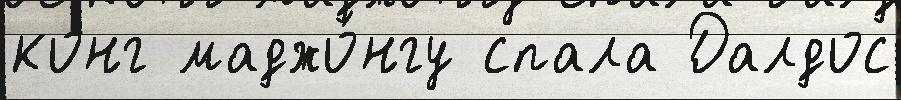
конг маджо́нгу спала Далдос